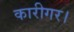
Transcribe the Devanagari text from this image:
कारीगर।